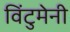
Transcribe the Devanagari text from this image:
विंटुमेनी